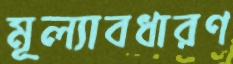
মূল্যাবধারণ